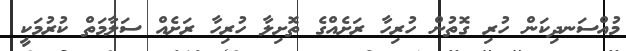
މުއްސަނދިކަން ހުރި ގޮތުން ހުރިހާ ރަށެއްގެ ތޮށިލާ ހުރިހާ ރަށެއް ސަލާމަތް ކުރުމަކީ